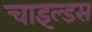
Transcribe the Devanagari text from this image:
चाइल्डस